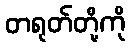
တရုတ်တို့ကို